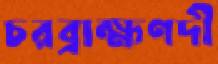
চরব্রাহ্মণদী